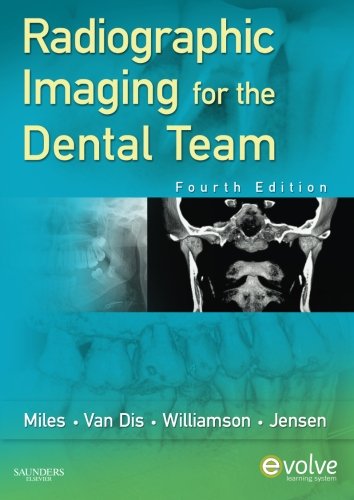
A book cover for Radiographic Imaging for the Dental Team, 4e; Dale A. Miles BA  DDS  MS  FRCD; Medical Books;